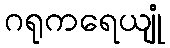
ဂရုကရေယျုံ